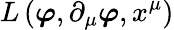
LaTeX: L\left({\boldsymbol{\varphi}},\partial_{\mu}{\boldsymbol{\varphi}},x^{\mu}\right)